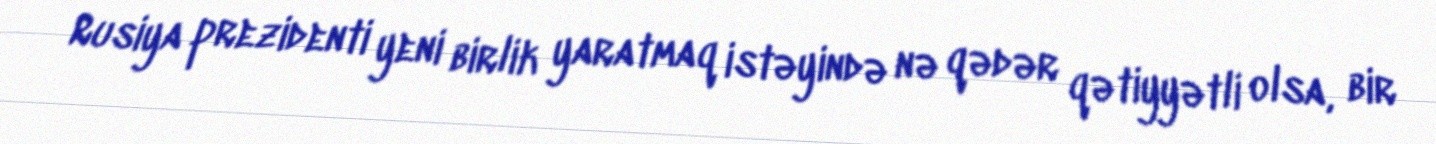
Rusiya prezidenti yeni birlik yaratmaq istəyində nə qədər qətiyyətli olsa, bir